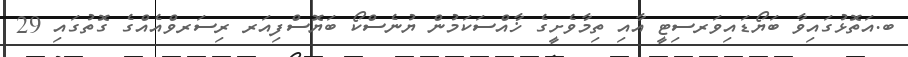
ބ.އަތޮޅުގައިވާ ބަޔޯޑައިވަރސިޓީ އާއި ތިމާވެށީގެ ޚާއްސަކަމުން ޔުނެސްކޯ ބަޔޮސްފިއަރ ރިސަރވްއެއްގެ ގޮތުގައި 29